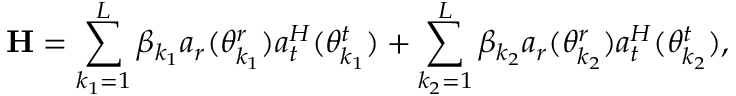
\mathbf { H } = \sum _ { { k _ { 1 } } = 1 } ^ { L } \beta _ { k _ { 1 } } \boldsymbol { a } _ { r } ( \theta _ { k _ { 1 } } ^ { r } ) \boldsymbol { a } _ { t } ^ { H } ( \theta _ { k _ { 1 } } ^ { t } ) + \sum _ { { k _ { 2 } } = 1 } ^ { L } \beta _ { k _ { 2 } } \boldsymbol { a } _ { r } ( \theta _ { k _ { 2 } } ^ { r } ) \boldsymbol { a } _ { t } ^ { H } ( \theta _ { k _ { 2 } } ^ { t } ) ,